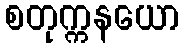
စတုက္ကနယော